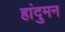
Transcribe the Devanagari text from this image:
हांदुमन